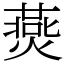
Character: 㷼